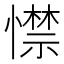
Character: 㦗